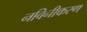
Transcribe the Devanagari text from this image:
नविनीकरण